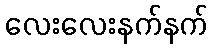
လေးလေးနက်နက်